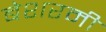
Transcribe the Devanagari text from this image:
बेशरमी